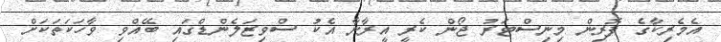
އެމެރިކާގެ ފޮރިން މިނިސްޓަރު ޖޯން ކެރީ އީރާނާ އެކު ސްވިޒަލެންޑްގައި ބޭއްވި ވާހަކަތަކަށް